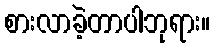
စားလာခဲ့တာပါဘုရား။